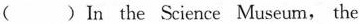
( )In the Science Museum, the